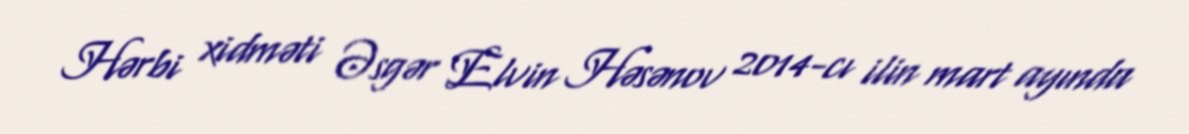
Hərbi xidməti Əsgər Elvin Həsənov 2014-cı ilin mart ayında